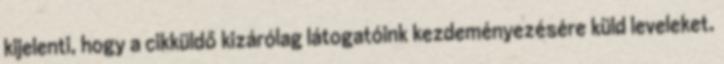
kijelenti, hogy a cikküldő kizárólag látogatóink kezdeményezésére küld leveleket.